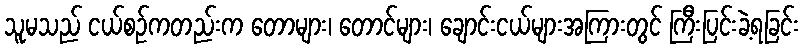
သူမသည် ငယ်စဉ်ကတည်းက တောများ၊ တောင်များ၊ ချောင်းငယ်များအကြားတွင် ကြီးပြင်းခဲ့ရခြင်း